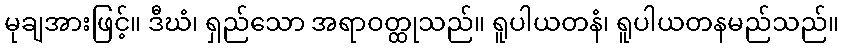
မုချအားဖြင့်။ ဒီဃံ၊ ရှည်သော အရာဝတ္ထုသည်။ ရူပါယတနံ၊ ရူပါယတနမည်သည်။